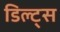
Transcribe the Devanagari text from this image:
डिल्ट्स